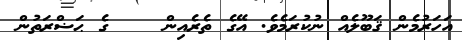
އަހަރުމެން ޤަބޫލެއް ނުކުރަމެވެ. އޭގެ ތެރެއިން    ގެ ޙަޟްރަތުން